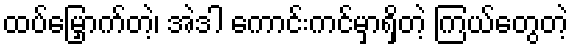
ထပ်မြှောက်တဲ့၊ အဲဒါ ကောင်းကင်မှာရှိတဲ့ ကြယ်တွေတဲ့